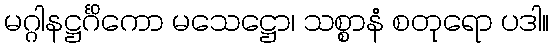
မဂ္ဂါနဋ္ဌင်္ဂိကော မသေဋ္ဌော၊ သစ္စာနံ စတုရော ပဒါ။